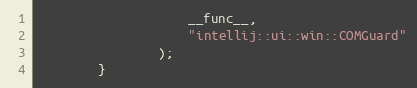
Language: C++
                    __func__,
                    "intellij::ui::win::COMGuard"
                );
        }